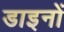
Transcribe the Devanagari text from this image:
डाइनों